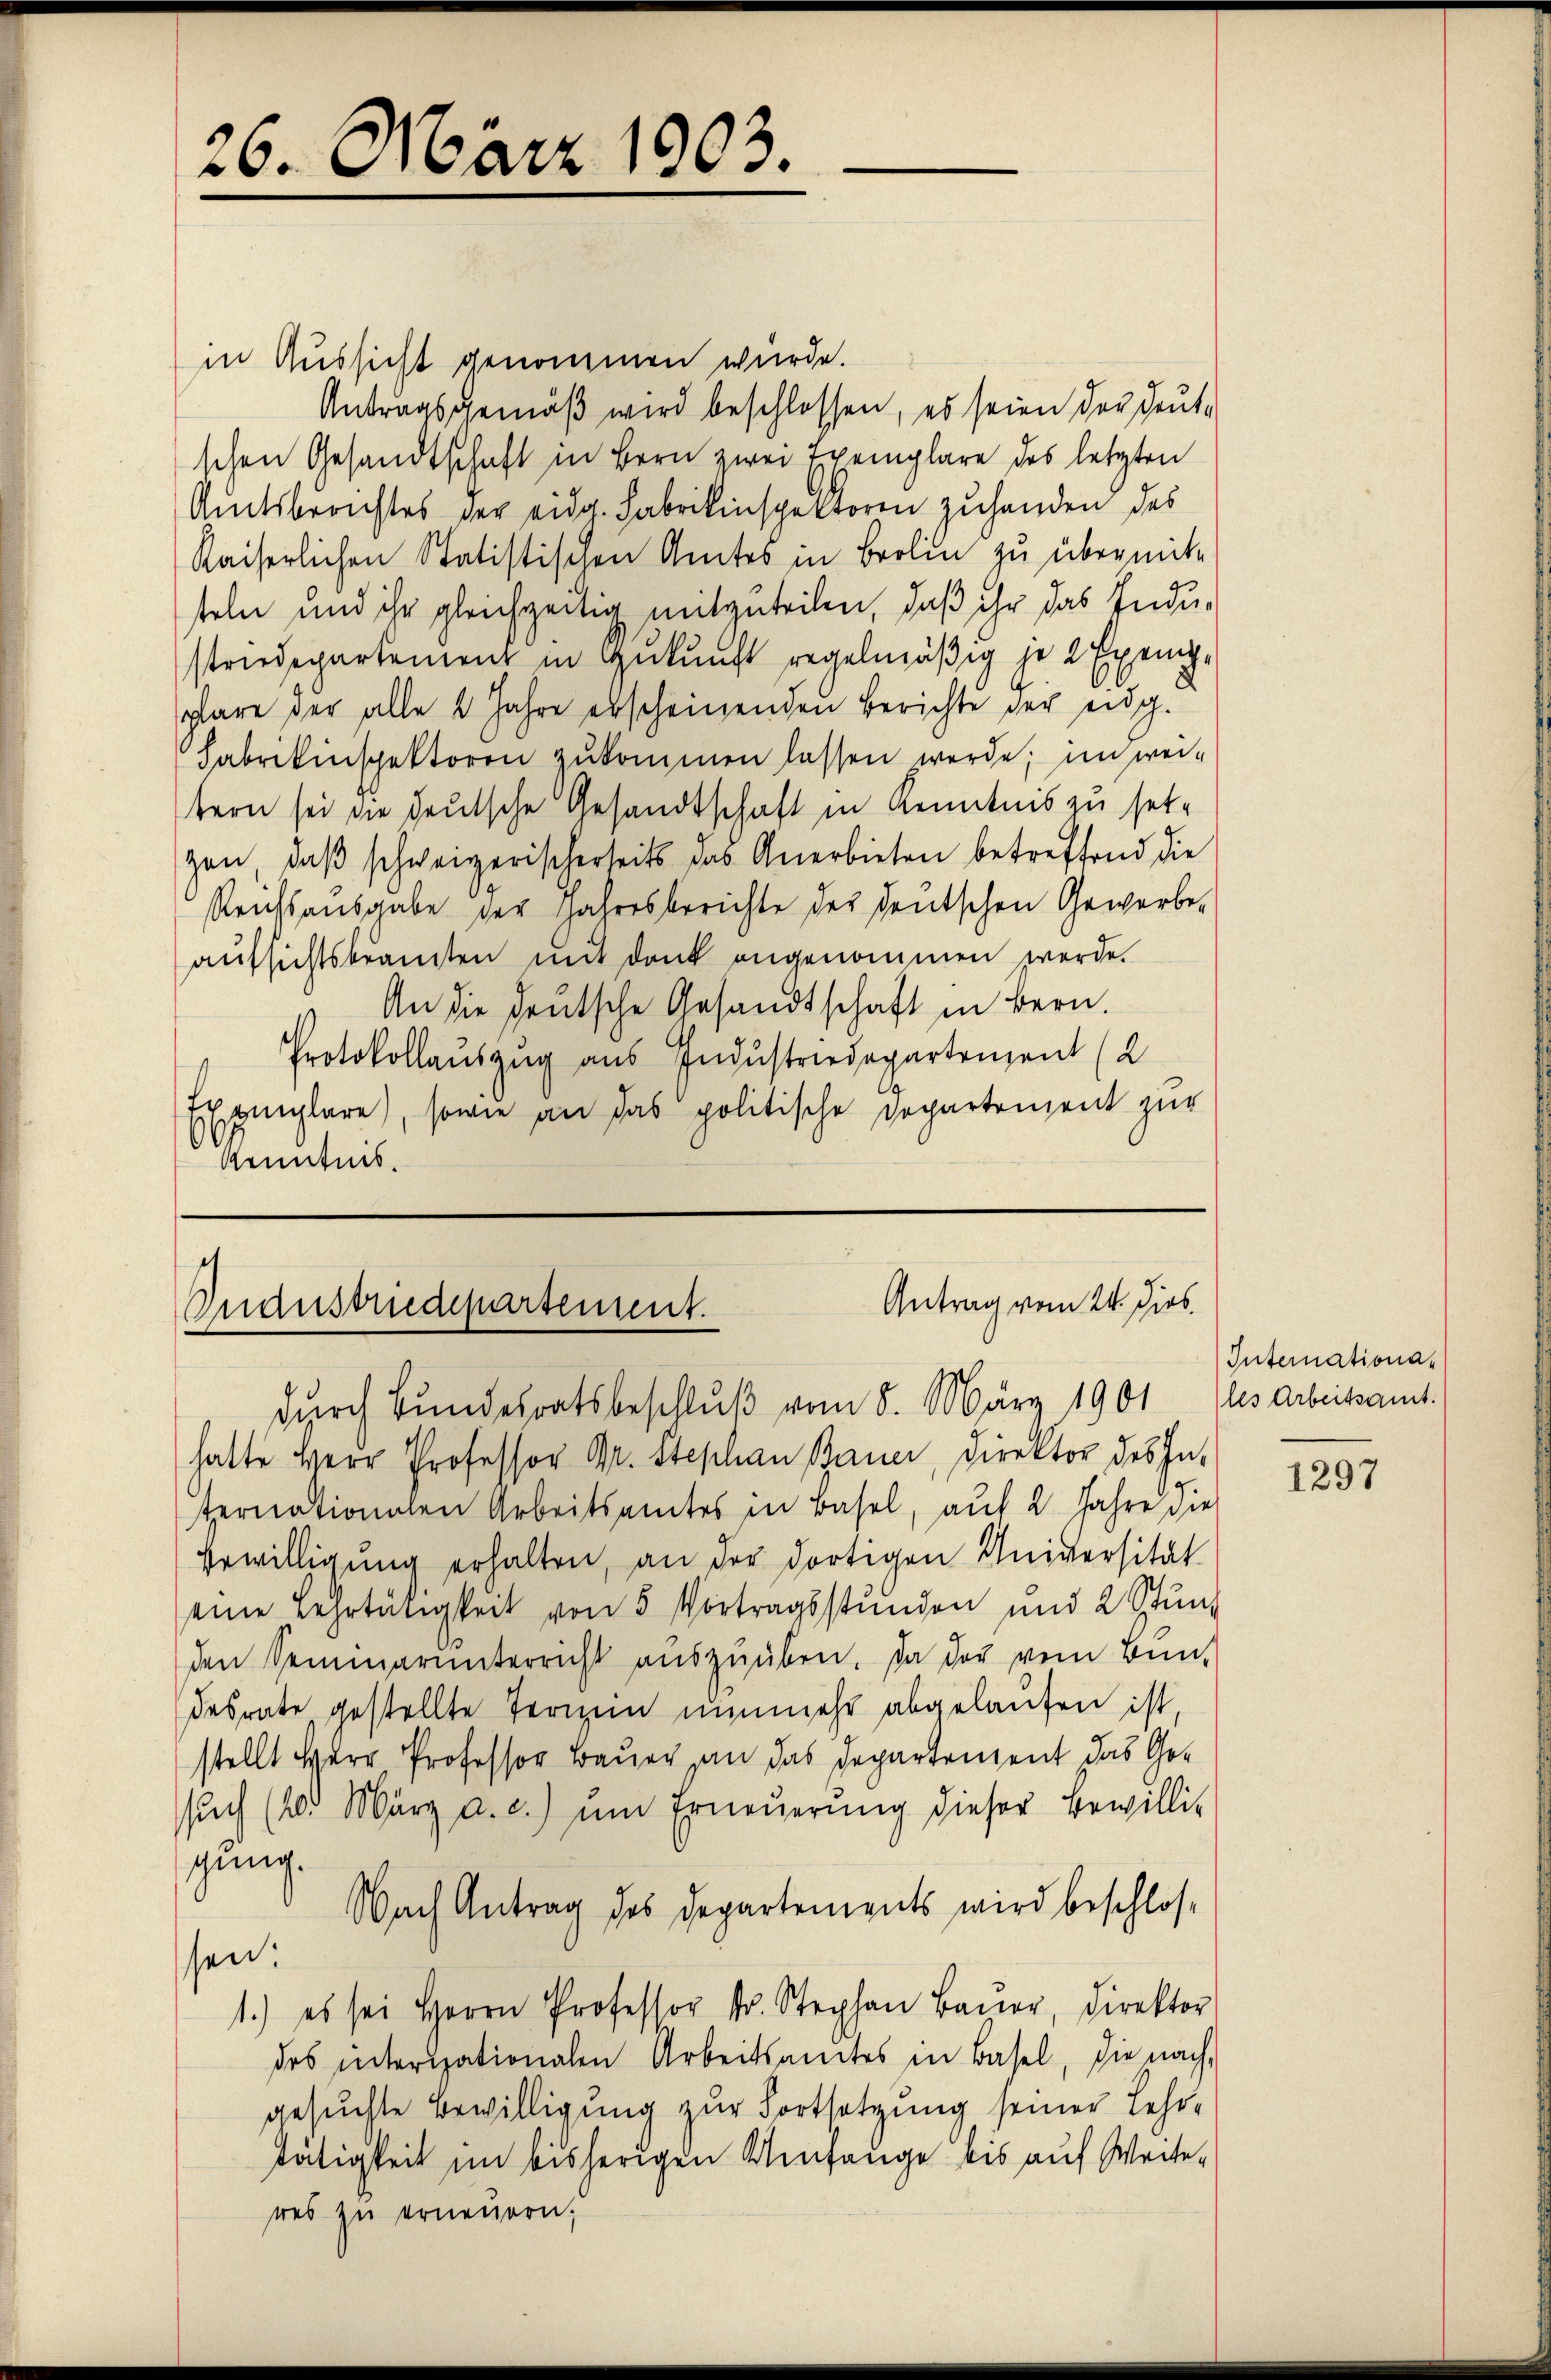
26. März 1903.

in Aussicht genommen würde.
Antragsgemäß wird beschlossen, es seien der deutschen Gesandtschaft in Bern zwei Exemplare des letzten
Amtsberichtes der eidg. Fabrikinspektoren zuhanden des
Kaiserlichen Statistischen Amtes in Brolin zu übermit-
seln und ihr gleichzeitig mitzuteilen, daß ihr das Industriedepartement in Zukunft regelmäßig je 2 Exemp
plare der alle 2 Jahre erscheinenden Berichte der eidg.
Fabrikinspektoren zŭkommen lassen werde; im weitern sei die deutsche Gesandtschaft in Kenntnis zu setgen, daβ schweizerischerseits das Anerbieten betreffend die
Reichsausgabe der Jahresberichte des deutschen Gewerbe-
aŭfsichtsbeamten mit dank angenommen werde.
An die deutsche Gesandtschaft in Bern.
Protokollauszug aus Industriedepartement (2
Exemplare), sowie an das politische Departement zur
Kenntnis.

4
Antrag vom 24. Dies
Inansprudepartement.
durch Bundesratsbeschluß vom 8. März 1901 (les arbeitsamt.

hatte Herr Professor Dr. Stephan Bauer, Direktor des Int
ternationalen Arbeitsamtes in Basel, auf 2 Jahre die
Erwilligung erhalten, an der dortigen Universität
eine Lehrtätigkeit von 5 Vortragsstunden und 2 Stŭnd
den Semmarunterricht auszuüben. Da der vom Bun-
desrate gestellte Termin nunmehr abgelaufen ist
stellt Herr Professor Bauer an das Departement das Gesŭch (20. März a.c. ŭm Erneŭerŭng dieser Bewilli-
gung.
Nach Antrag des Departements wird beschlossen:
1.) es sei Herrn Professor Dr. Stephan Baŭer, Direktor
des interisationalen Arbeitsamtes in Basel, die nach-
gesuchte Bewilligung zur Fortsetzung seiner Lehrtätigkeit im bisherigen Umfange bis auf Weiteres zu erneuern,

Internationa¬

1297